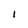
Character: l